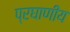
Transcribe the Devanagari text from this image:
प्रघाणीय